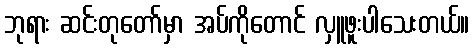
ဘုရား ဆင်းတုတော်မှာ အပ်ကိုတောင် လှူဖူးပါသေးတယ်။